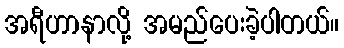
အရီဟာနာလို့ အမည်ပေးခဲ့ပါတယ်။